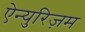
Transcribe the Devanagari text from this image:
ऐन्युरिज़म